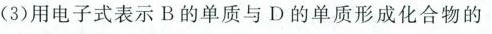
(3)用电子式表示B的单质与D的单质形成化合物的